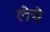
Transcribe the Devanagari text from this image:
लेचे